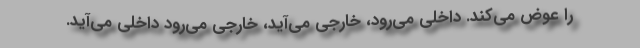
را عوض می‌کند. داخلی می‌رود، خارجی می‌آید، خارجی می‌رود داخلی می‌آید.